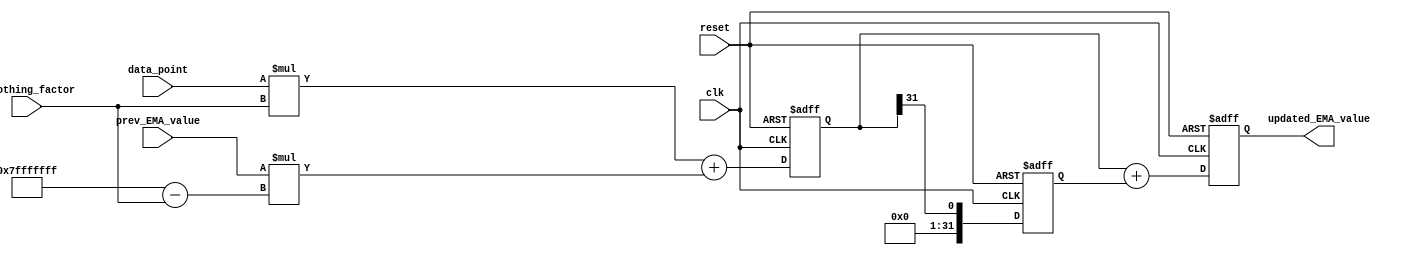
module EMA_accumulator (
    input wire clk,
    input wire reset,
    input wire [31:0] data_point,
    input wire [31:0] smoothing_factor,
    input wire [31:0] prev_EMA_value,
    output reg [31:0] updated_EMA_value
);

reg [31:0] intermediate_result1;
reg [31:0] intermediate_result2;

always @(posedge clk or posedge reset) begin
    if (reset) begin
        updated_EMA_value <= 0;
        intermediate_result1 <= 0;
        intermediate_result2 <= 0;
    end else begin
        intermediate_result1 <= (data_point * smoothing_factor) + (prev_EMA_value * (32'h7fffffff - smoothing_factor));
        intermediate_result2 <= intermediate_result1 >> 31;
        updated_EMA_value <= intermediate_result1 + intermediate_result2;
    end
end

endmodule